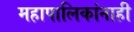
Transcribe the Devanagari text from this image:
महापालिकांनाही